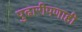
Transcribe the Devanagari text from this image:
पुढारीपणाही